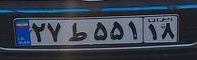
۲۷ط۵۵۱۱۸